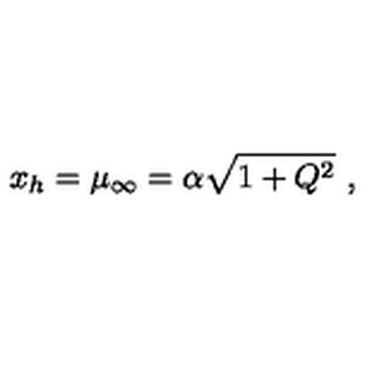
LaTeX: x _ { h } = \mu _ { \infty } = \alpha \sqrt { 1 + Q ^ { 2 } } \ ,